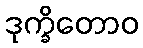
ဒုက္ခိတောဝ